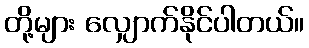
တို့များ လျှောက်နိုင်ပါတယ်။